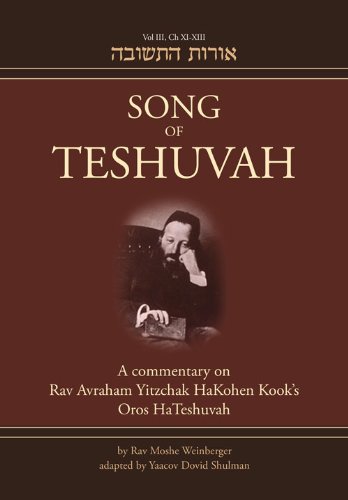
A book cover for Song of Teshuvah: Book Three: A Commentary on Rav Avraham Yitzchak HaKohen Kook's Oros HaTeshuvah; Rav Moshe Weinberger; Religion & Spirituality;